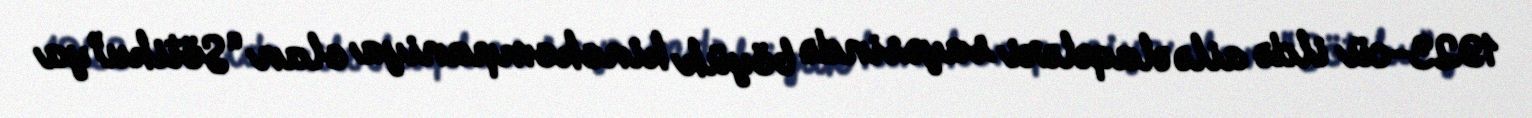
1923-cü ildə ailə əlaqələri sayəsində böyük kinokompaniya olan “Sötiku”ya